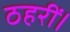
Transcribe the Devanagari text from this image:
ठहरीं।